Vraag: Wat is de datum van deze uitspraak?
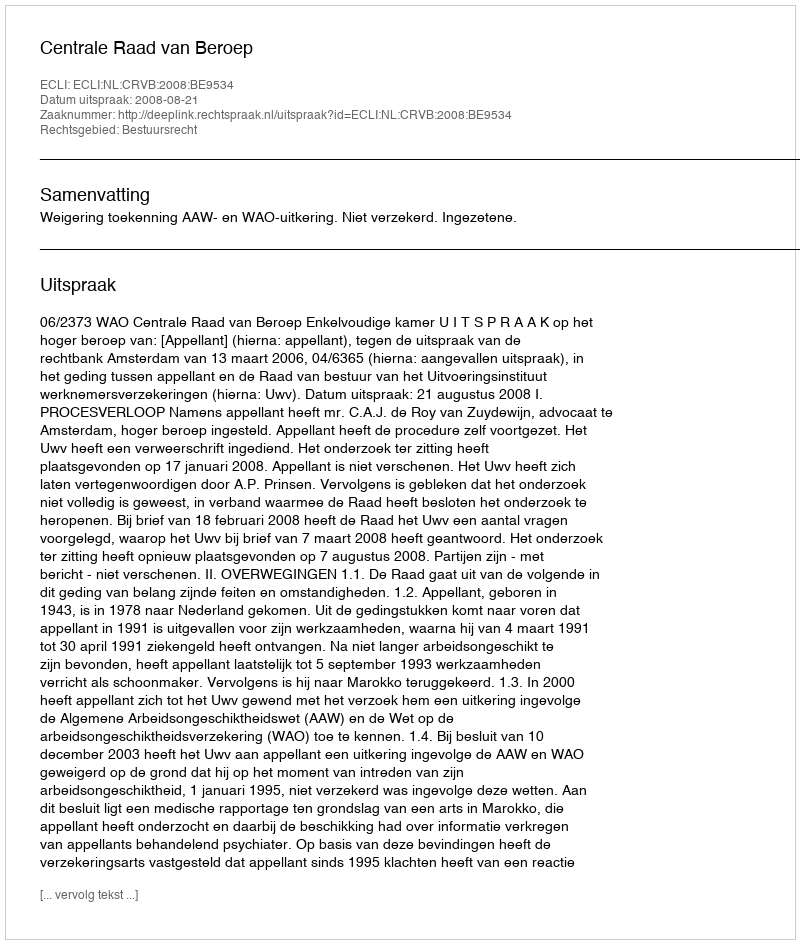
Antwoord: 2008-08-21